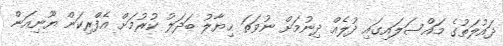
ދައުލަތުގެ މައްސަލައިގައި ދުލެއް ދިނުމަށް ނުވަތަ ޚިޔާލު ބަދަލު ކުރުމަށް އެފްރިކަން ޔޫނިއަން